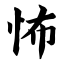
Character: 怖